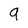
Character: 9